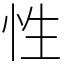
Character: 性